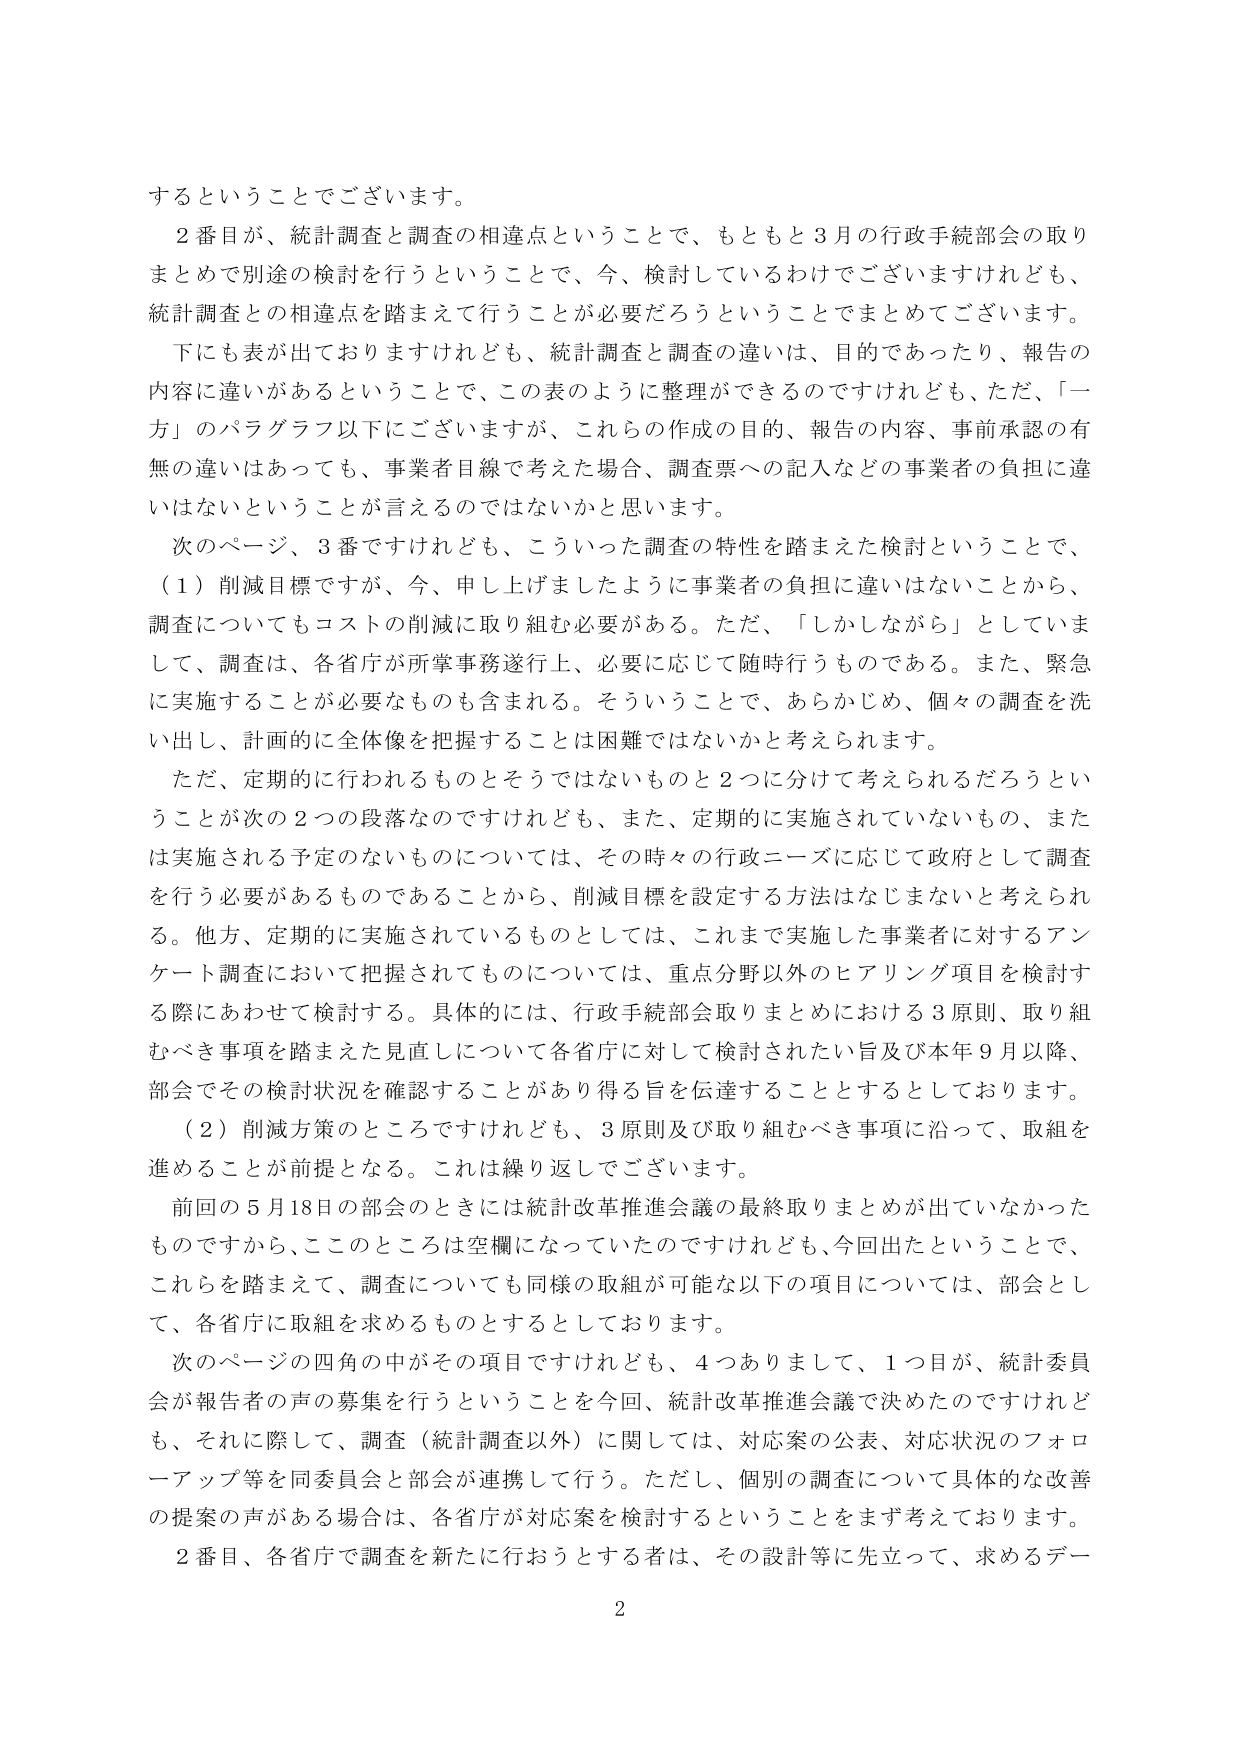
するということでございます。

２番目が、統計調査と調査の相違点ということで、もともと３月の行政手続部会の取りまとめで別途の検討を行うということで、今、検討しているわけでございますけれども、統計調査との相違点を踏まえて行うことが必要だろうということでまとめてございます。

下にも表が出ておりますけれども、統計調査と調査の違いは、目的であったり、報告の内容に違いがあるということで、この表のように整理ができるのですけれども、ただ、「一方」のパラグラフ以下にございますが、これらの作成の目的、報告の内容、事前承認の有無の違いはあっても、事業者目線で考えた場合、調査票への記入などの事業者の負担に違いはないということが言えるのではないかと思います。

次のページ、３番ですけれども、こういった調査の特性を踏まえた検討ということで、
（１）削減目標ですが、今、申し上げましたように事業者の負担に違いはないことから、調査についてもコストの削減に取り組む必要がある。ただ、「しかしながら」としていまして、調査は、各省庁が所掌事務遂行上、必要に応じて随時行うものである。また、緊急に実施することが必要なものも含まれる。そういうことで、あらかじめ、個々の調査を洗い出し、計画的に全体像を把握することは困難ではないかと考えられます。

ただ、定期的に行われるものとそうではないものと２つに分けて考えられるだろうということが次の２つの段落なのですけれども、また、定期的に実施されていないもの、または実施される予定のないものについては、その時々の行政ニーズに応じて政府として調査を行う必要があるものであることから、削減目標を設定する方法はなじまないと考えられる。他方、定期的に実施されているものとしては、これまで実施した事業者に対するアンケート調査において把握されてものについては、重点分野以外のヒアリング項目を検討する際にあわせて検討する。具体的には、行政手続部会取りまとめにおける３原則、取り組むべき事項を踏まえた見直しについて各省庁に対して検討されたい旨及び本年９月以降、部会でその検討状況を確認することがあり得る旨を伝達することとすることとしております。

（２）削減方策のところですけれども、３原則及び取り組むべき事項に沿って、取組を進めることが前提となる。これは繰り返しでございます。

前回の５月18日の部会のときには統計改革推進会議の最終取りまとめが出ていなかったものですから、このところは空欄になっていたのですけれども、今回出たということで、これらを踏まえて、調査についても同様の取組が可能な以下の項目については、部会として、各省庁に取組を求めるものとすることとしております。

次のページの四角の中がその項目ですけれども、４つありまして、１つ目が、統計委員会が報告者の声の募集を行うということを今回、統計改革推進会議で決めたのですけれども、それに際して、調査（統計調査以外）に関しては、対応案の公表、対応状況のフォローアップ等を同委員会と部会が連携して行う。ただし、個別の調査について具体的な改善の提案の声がある場合は、各省庁が対応案を検討することをまず考えております。

２番目、各省庁で調査を新たに行おうとする者は、その設計等に先立って、求めるデー

2